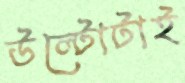
উল্টোটাই